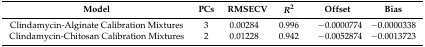
| Model | PCs | RMSECV | R2 | Offset | Bias |
 | --- | --- | --- | --- | --- | --- |
 | Clindamycin-Alginate Calibration Mixtures | 3 | 0.00284 | 0.996 | −0.0000774 | −0.0000338 |
 | Clindamycin-Chitosan Calibration Mixtures | 2 | 0.01228 | 0.942 | −0.0052874 | −0.0013723 |